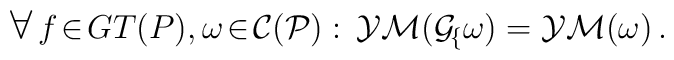
\mbox{\large$\forall$}\,f\!\in\! GT(P) , \omega\!\in\!\cal C(P) :\,YM(G\!\sb f\omega) = YM (\omega)\, .